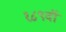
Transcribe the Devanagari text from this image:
१८९वॉ